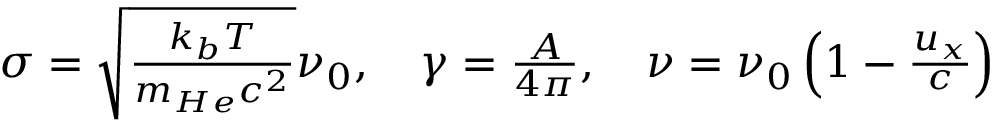
\begin{array} { r } { \sigma = \sqrt { \frac { k _ { b } T } { m _ { H e } c ^ { 2 } } } \nu _ { 0 } , \quad \gamma = \frac { A } { 4 \pi } , \quad \nu = \nu _ { 0 } \left( 1 - \frac { u _ { x } } { c } \right) } \end{array}